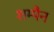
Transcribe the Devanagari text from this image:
शम्पैन